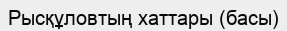
Рысқұловтың хаттары (басы)